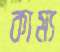
কাম্য